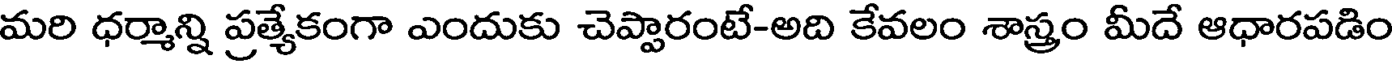
మరి ధర్మాన్ని ప్రత్యేకంగా ఎందుకు చెప్పారంటే-అది కేవలం శాస్త్రం మీదే ఆధారపడిం